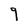
Character: 9